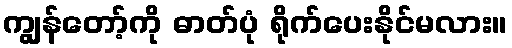
ကျွန်တော့်ကို ဓာတ်ပုံ ရိုက်ပေးနိုင်မလား။